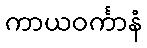
ကာယဝင်္ကာနံ